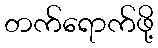
တက်ရောက်ဖို့